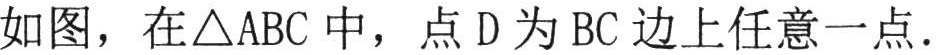
如图，在\(\triangle ABC\)中，点\(D\)为\(BC\)边上任意一点.